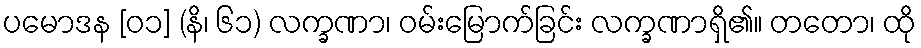
ပမောဒန [၀၁] (နိ၊ ၆၁) လက္ခဏာ၊ ဝမ်းမြောက်ခြင်း လက္ခဏာရှိ၏။ တတော၊ ထို